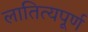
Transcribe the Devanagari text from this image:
लातित्यपूर्ण